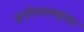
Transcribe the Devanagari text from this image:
ब्रातिस्लाव्हावर